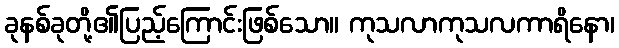
ခုနစ်ခုတို့၏ပြည့်ကြောင်းဖြစ်သော။ ကုသလာကုသလကာရိနော၊